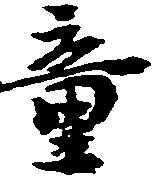
童